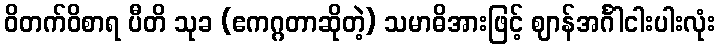
ဝိတက်ဝိစာရ ပီတိ သုခ (ဧကဂ္ဂတာဆိုတဲ့) သမာဓိအားဖြင့် ဈာန်အင်္ဂါငါးပါးလုံး